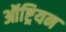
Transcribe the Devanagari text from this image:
ऑष्ट्रियन